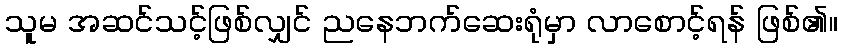
သူမ အဆင်သင့်ဖြစ်လျှင် ညနေဘက်ဆေးရုံမှာ လာစောင့်ရန် ဖြစ်၏။